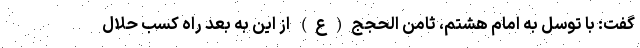
گفت: با توسل به امام هشتم، ثامن الحجج(ع) از این به بعد راه کسب حلال